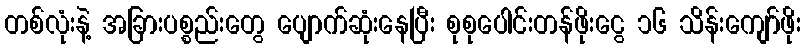
တစ်လုံးနဲ့ အခြားပစ္စည်းတွေ ပျောက်ဆုံးနေပြီး စုစုပေါင်းတန်ဖိုးငွေ ၁၆ သိန်းကျော်ဖိုး